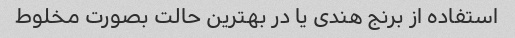
استفاده از برنج هندی یا در بهترین حالت بصورت مخلوط